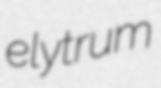
elytrum